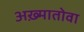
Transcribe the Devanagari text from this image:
अख़्मातोवा